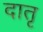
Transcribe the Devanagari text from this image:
दातृ